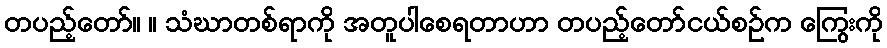
တပည့်တော်။ ။ သံဃာတစ်ရာကို အတူပါစေရတာဟာ တပည့်တော်ငယ်စဉ်က ကြွေးကို